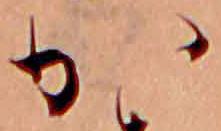
か